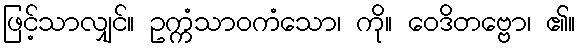
ဖြင့်သာလျှင်။ ဥက္ကံသာဝကံသော၊ ကို။ ဝေဒိတဗ္ဗော၊ ၏။